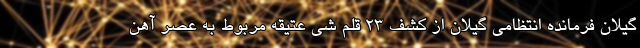
گیلان فرمانده انتظامی گیلان از کشف ۲۳ قلم شی عتیقه مربوط به عصر آهن